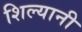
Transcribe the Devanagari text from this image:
शिल्यानी